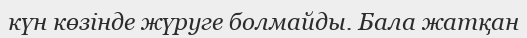
күн көзінде жүруге болмайды. Бала жатқан